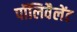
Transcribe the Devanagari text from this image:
पॉलिवैलेंट